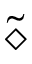
\widetilde { \diamond }